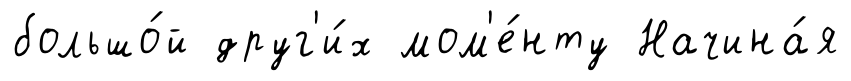
большо́й друг'и́х мом'е́нту Начина́я